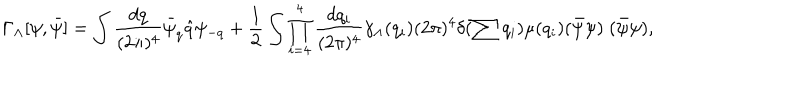
\Gamma _ { \Lambda } [ \psi , \bar { \psi } ] = \int \frac { d q } { ( 2 \pi ) ^ { 4 } } \bar { \psi } _ { q } \hat { q } \psi _ { - q } + \frac { 1 } { 2 } \int \prod _ { i = 4 } ^ { 4 } \frac { d q _ { i } } { ( 2 \pi ) ^ { 4 } } \gamma _ { \Lambda } ( q _ { i } ) ( 2 \pi ) ^ { 4 } \delta ( \sum q _ { i } ) \mu ( q _ { i } ) ( \bar { \psi } \psi ) \; ( \bar { \psi } \psi ) ,